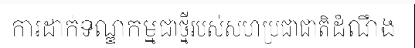
ការដាក់ទណ្ឌកម្មជាថ្មីរបស់សហប្រជាជាតិដំណឹង